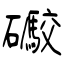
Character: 礮